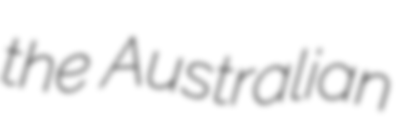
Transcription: the Australian